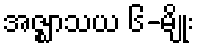
အဇ္ဈာသယ ၆-မျိုး